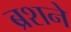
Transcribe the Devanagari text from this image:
ब्रशने